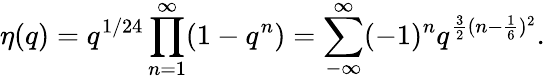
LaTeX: \eta(q)=q^{1/24}\prod_{n=1}^{\infty}(1-q^{n})=\sum_{-\infty}^{\infty}(-1)^{n}q^{\frac{3}{2}(n-\frac{1}{6})^{2}}.